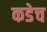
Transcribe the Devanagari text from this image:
कडेच